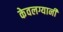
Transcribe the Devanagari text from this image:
केवलग्यानी